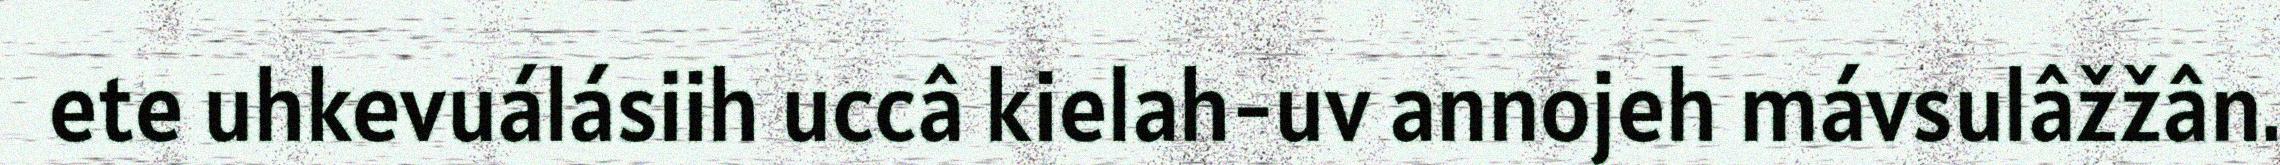
ete uhkevuálásiih uccâ kielah-uv annojeh mávsulâžžân.